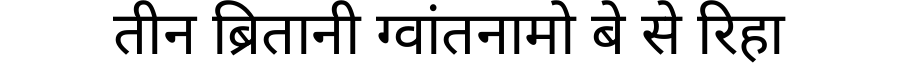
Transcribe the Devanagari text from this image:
तीन ब्रितानी ग्वांतनामो बे से रिहा